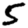
Digit: 5